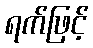
ရက်ဖြင့်